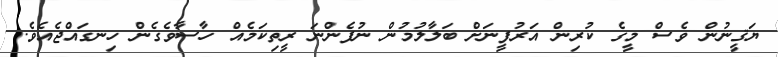
ޔަޤީނުން ވެސް މީގެ ކުރިން އަރުފީނަށް ބަލާލުމުން ނުފެންނަ ރީތިކަމެއް ހާސާވެގެން ހިނގައްޖެއެވެ.